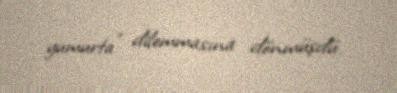
yumurta” dilemmasına dönmüşdü.